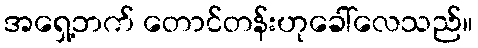
အရှေ့ဘက် တောင်တန်းဟုခေါ်လေသည်။